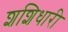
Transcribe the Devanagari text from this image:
शशिधारी